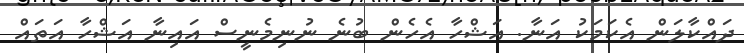
ދައްކާލަން އެކަމަކު އަނާ. އަޝްހާ އެހެން ބުނެ ނުނިމެނީސް އައިނާ އަޝްހާ އަތައް